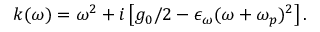
k ( \omega ) = \omega ^ { 2 } + i \left[ g _ { 0 } / 2 - \epsilon _ { \omega } ( \omega + \omega _ { p } ) ^ { 2 } \right] .